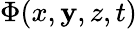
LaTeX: \Phi(x,\mathbf{y},z,t)